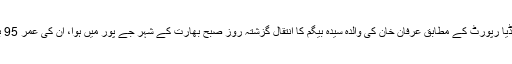
بھارتی میڈیا رپورٹ کے مطابق عرفان خان کی والدہ سیدہ بیگم کا انتقال گزشتہ روز صبح بھارت کے شہر جے پور میں ہوا، اْن کی عمر 95 برس تھی۔